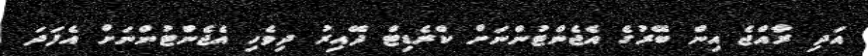
އަދި ރާއްޖެ އިން ބޭރުގެ އެޖެންޓުންނަށް ކްރެޑިޓް ދޭއިރު ދިވެހި އެޖެންޓުންނަށް އެފަދަ